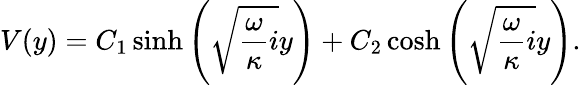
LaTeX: V(y)=C_{1}\sinh\left(\sqrt{\frac{\omega}{\kappa}i}y\right)+C_{2}\cosh\left(\sqrt{\frac{\omega}{\kappa}i}y\right).